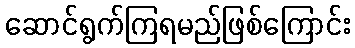
ဆောင်ရွက်ကြရမည်ဖြစ်ကြောင်း